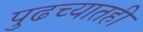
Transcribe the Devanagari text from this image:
पुढच्यातही